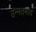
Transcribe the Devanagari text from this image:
उन्नतभाव